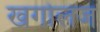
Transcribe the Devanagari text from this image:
खगोलज